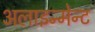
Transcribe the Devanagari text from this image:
अलाइन्मेन्ट